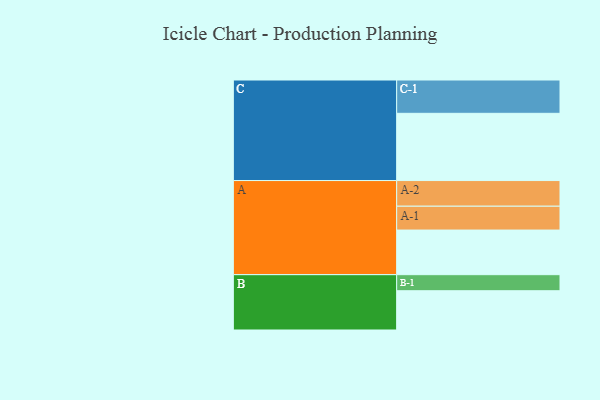
{"axis": {"x": "Segment", "y": "Value"}, "legend": ["", "A", "B", "C"], "data": [{"x": "A", "y": 367, "type": ""}, {"x": "B", "y": 323, "type": ""}, {"x": "C", "y": 553, "type": ""}, {"x": "A-1", "y": 196, "type": "A"}, {"x": "A-2", "y": 211, "type": "A"}, {"x": "B-1", "y": 132, "type": "B"}, {"x": "C-1", "y": 274, "type": "C"}]}